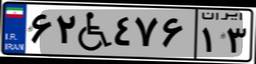
۶۲W۴۷۶۱۳